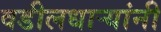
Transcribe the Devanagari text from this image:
वडीलधार्‍यांनी